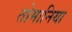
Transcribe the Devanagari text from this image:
तोमानिया